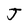
Character: J